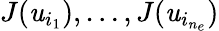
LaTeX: J(\mathit{u}_{i_{1}}),\ldots,J(\mathit{u}_{i_{n_{e}}})